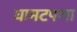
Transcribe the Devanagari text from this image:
घामटपणा